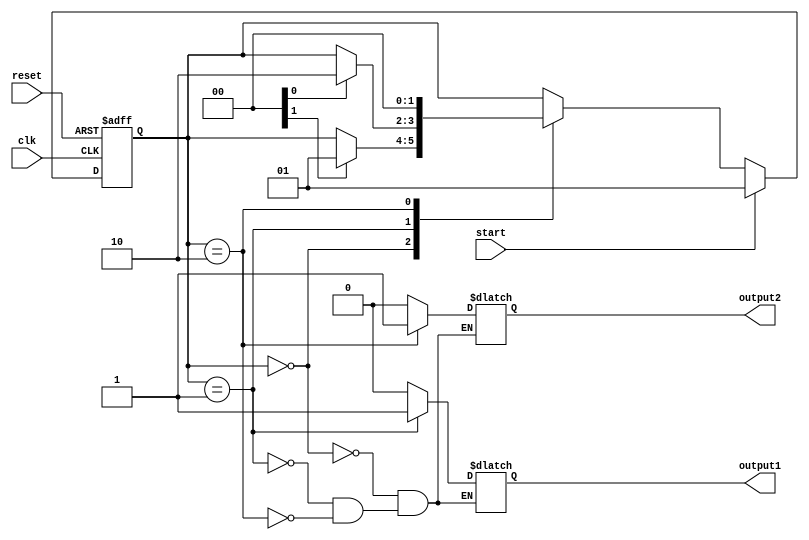
module top_level_fsm(
    input clk, // Clock input
    input reset, // Reset signal
    input start, // Start signal
    output reg output1, // Output signal 1
    output reg output2 // Output signal 2
);

// Define states
parameter STATE_IDLE = 2'b00;
parameter STATE_STATE1 = 2'b01;
parameter STATE_STATE2 = 2'b10;

// Define state register
reg [1:0] state_reg;

// Initial state
always @ (posedge clk or posedge reset)
begin
    if (reset)
        state_reg <= STATE_IDLE;
    else if (start)
        state_reg <= STATE_STATE1;
    else
        case (state_reg)
            STATE_IDLE: if (input1) state_reg <= STATE_STATE1;
            STATE_STATE1: if (input2) state_reg <= STATE_STATE2;
            STATE_STATE2: state_reg <= STATE_IDLE;
        endcase
end

// State machine logic
always @ (state_reg)
begin
    case (state_reg)
        STATE_IDLE: begin
            output1 <= 1'b0;
            output2 <= 1'b0;
        end
        STATE_STATE1: begin
            output1 <= 1'b1;
            output2 <= 1'b0;
        end
        STATE_STATE2: begin
            output1 <= 1'b0;
            output2 <= 1'b1;
        end
    endcase
end

endmodule